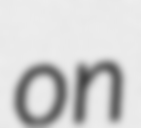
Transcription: on